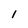
Character: I